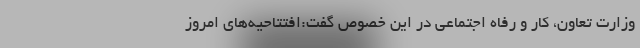
وزارت تعاون، کار و رفاه اجتماعی در این خصوص گفت:افتتاحیه‌های امروز